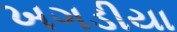
ખગડીયા